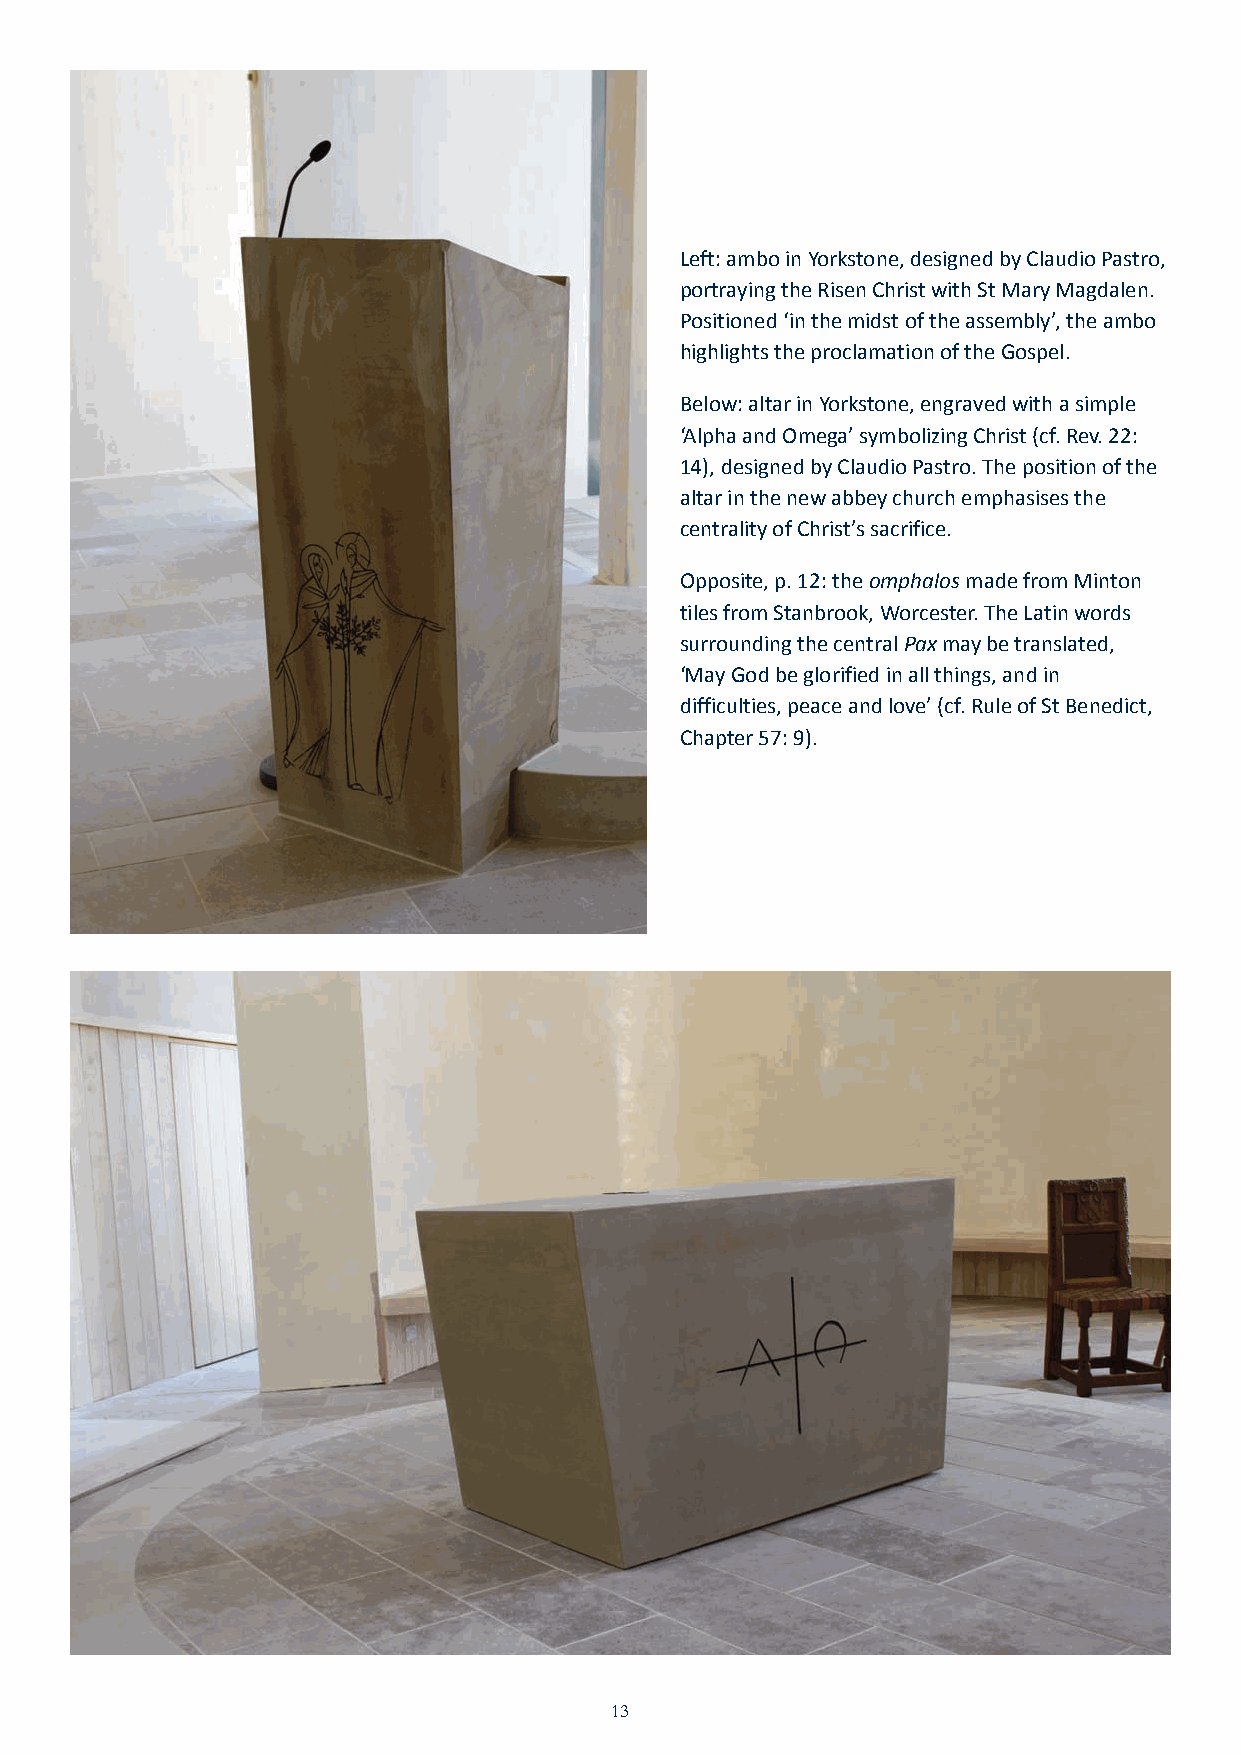
JN40870_Stanbrook 32pp Inners_Layout 1 18/11/2015 14:09 Page 13
 Left: ambo in Yorkstone, designed by Claudio Pastro,
 portraying the Risen Christ with St Mary Magdalen.
 Positioned ‘in the midst of the assembly’, the ambo
 highlights the proclamation of the Gospel.
 Below: altar in Yorkstone, engraved with a simple
 ‘Alpha and Omega’ symbolizing Christ (cf. Rev. 22:
 14), designed by Claudio Pastro. The position of the
 altar in the new abbey church emphasises the
 centrality of Christ’s sacrifice.
 Opposite, p. 12: the omphalosmade from Minton
 tiles from Stanbrook, Worcester. The Latin words
 surrounding the central Paxmay be translated,
 ‘May God be glorified in all things, and in
 difficulties, peace and love’ (cf. Rule of St Benedict,
 Chapter 57: 9).
 13